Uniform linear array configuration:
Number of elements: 24
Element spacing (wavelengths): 0.25
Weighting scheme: hamming
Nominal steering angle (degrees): -15
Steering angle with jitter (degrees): -14.569
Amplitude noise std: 0.05
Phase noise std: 0.05

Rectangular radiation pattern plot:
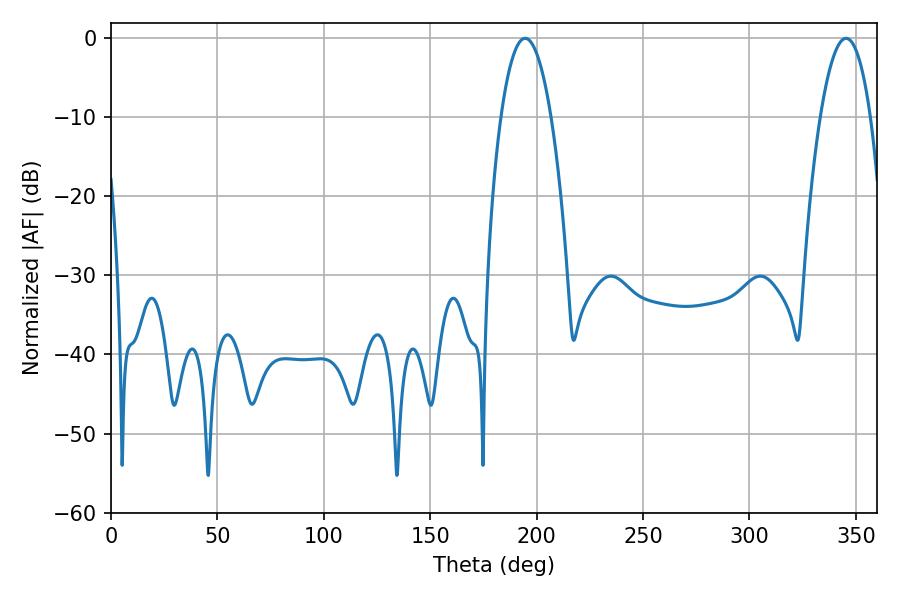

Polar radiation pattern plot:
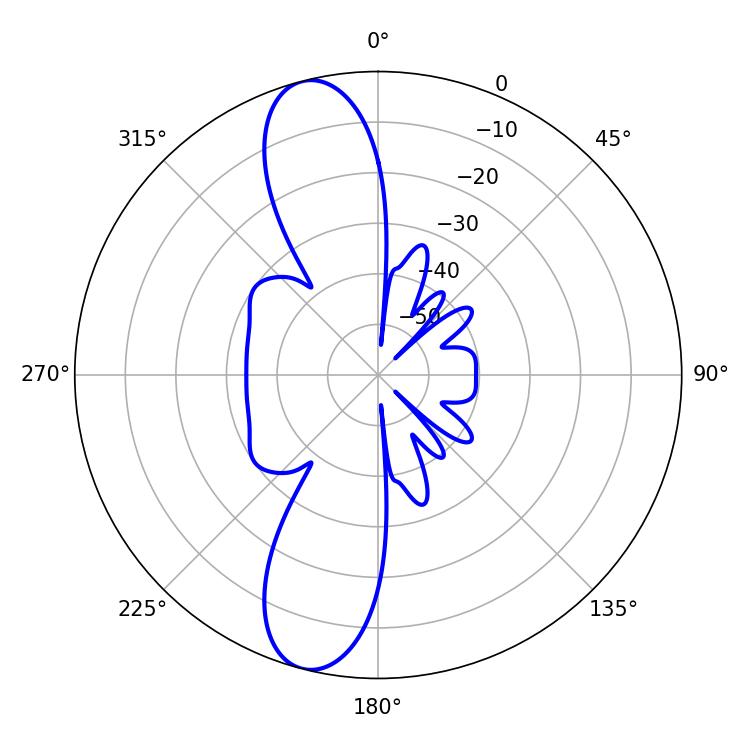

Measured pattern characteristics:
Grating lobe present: FALSE
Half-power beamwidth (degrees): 13.14
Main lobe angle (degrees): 194.58